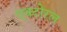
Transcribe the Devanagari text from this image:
एक्टोरल